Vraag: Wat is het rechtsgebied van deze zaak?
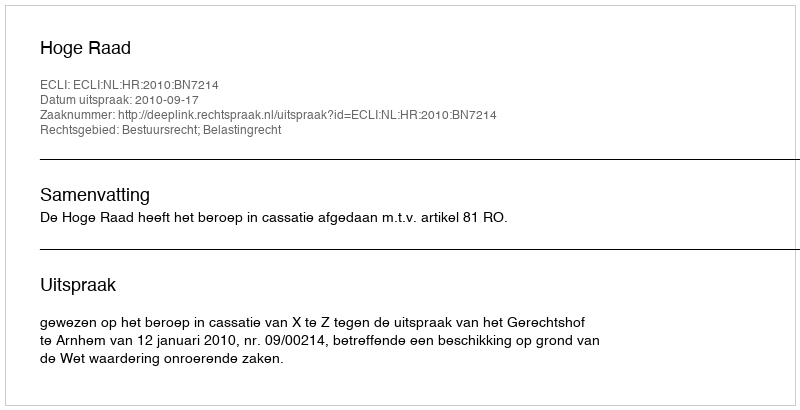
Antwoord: Bestuursrecht; Belastingrecht